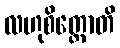
လဟုစိတ္တောတိ